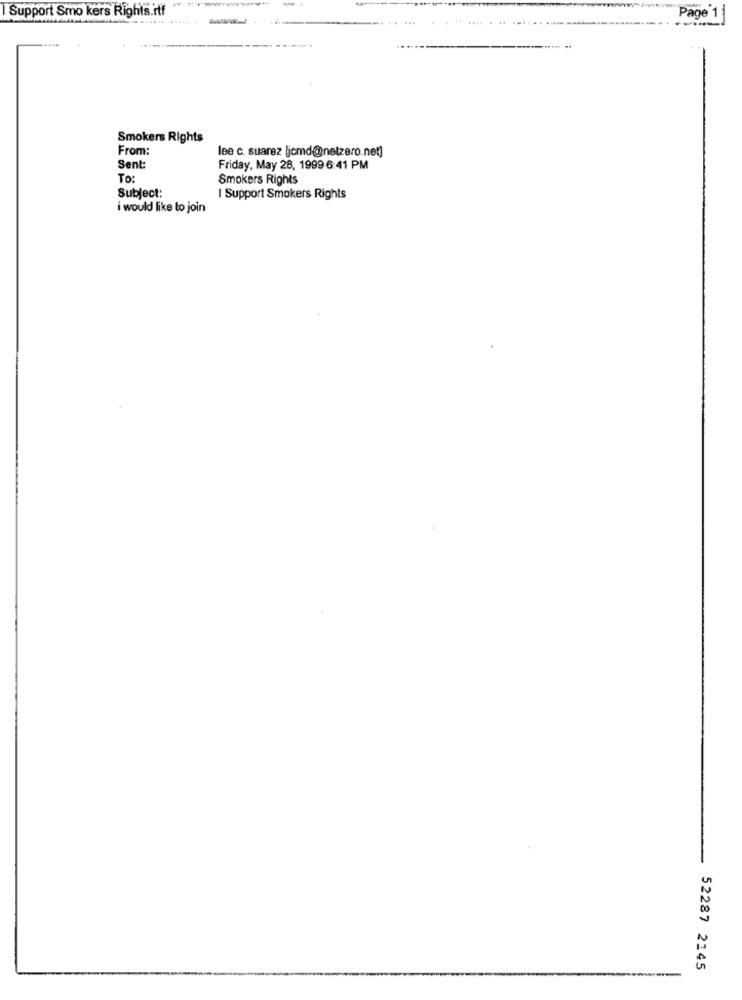
Support Smo kers Rights.rtf
Page 1
Smokers Rights
From:
lee c. suarez [jcmd@netzero.net]
Sent:
Friday, May 28, 1999 6:41 PM
To:
Smokers Rights
Subject:
I Support Smokers Rights
i would like to join
52287 2145